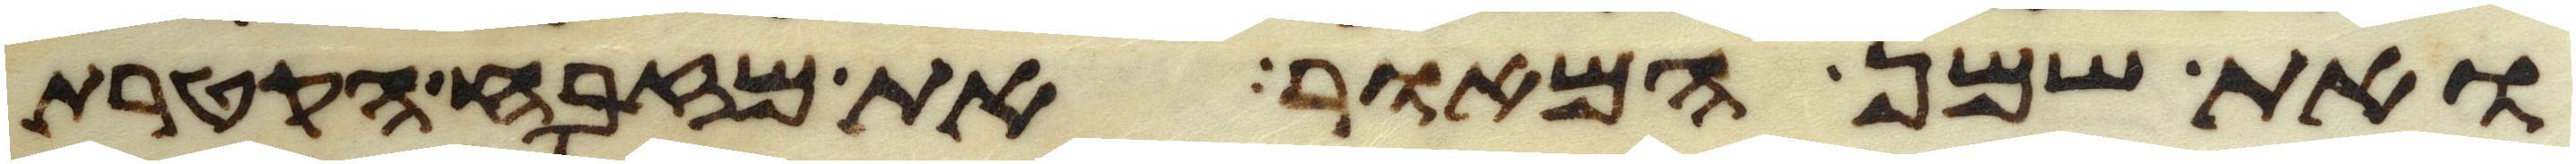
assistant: ואת שמן המאור את מזבח הקטרת